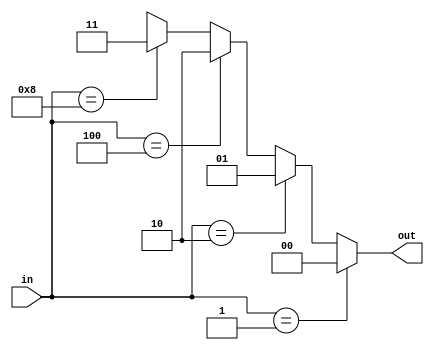
`timescale 1ns / 1ps

module encoder_4to2(
    input [3:0] in,
    output [1:0] out
    );
    
    assign out = (in == 1) ? 2'd0 :
                 (in == 2) ? 2'd1:
                 (in == 4) ? 2'd2:
                 (in == 8) ? 2'd3:
                  2'dx;
endmodule